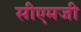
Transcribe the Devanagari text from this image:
सीएमजी